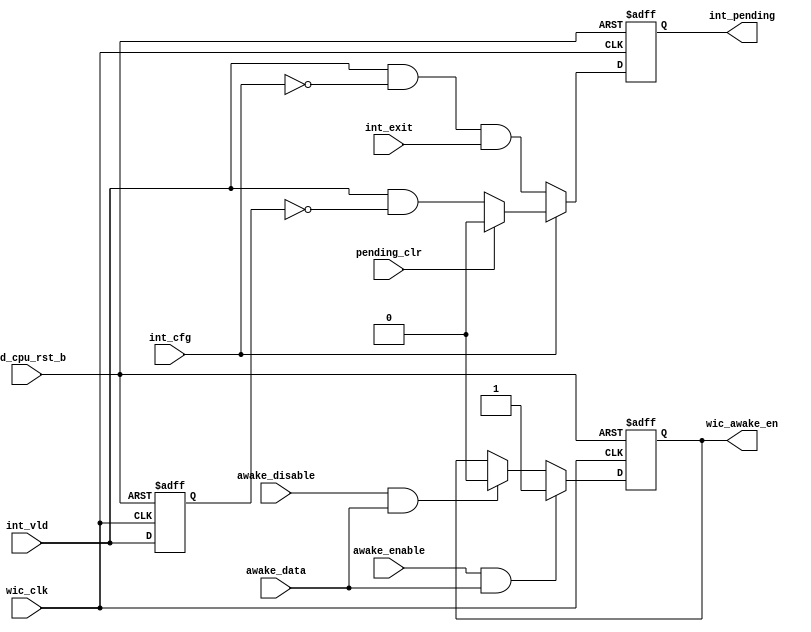
/*Copyright 2020-2021 T-Head Semiconductor Co., Ltd.

Licensed under the Apache License, Version 2.0 (the "License");
you may not use this file except in compliance with the License.
You may obtain a copy of the License at

    http://www.apache.org/licenses/LICENSE-2.0

Unless required by applicable law or agreed to in writing, software
distributed under the License is distributed on an "AS IS" BASIS,
WITHOUT WARRANTIES OR CONDITIONS OF ANY KIND, either express or implied.
See the License for the specific language governing permissions and
limitations under the License.
*/

// &ModuleBeg; @28
module wic(
  awake_data,
  awake_disable,
  awake_enable,
  int_cfg,
  int_exit,
  int_pending,
  int_vld,
  pad_cpu_rst_b,
  pending_clr,
  wic_awake_en,
  wic_clk
);

// &Ports; @29
input        awake_data;   
input        awake_disable; 
input        awake_enable; 
input        int_cfg;      
input        int_exit;     
input        int_vld;      
input        pad_cpu_rst_b; 
input        pending_clr;  
input        wic_clk;      
output       int_pending;  
output       wic_awake_en; 

// &Regs; @30
reg          int_pending;  
reg          int_vld_ff;   
reg          wic_awake_en; 

// &Wires; @31
wire         awake_data;   
wire         awake_disable; 
wire         awake_enable; 
wire         int_cfg;      
wire         int_exit;     
wire         int_level;    
wire         int_pulse;    
wire         int_vld;      
wire         pad_cpu_rst_b; 
wire         pending_clr;  
wire         wic_clk;      


//always@(posedge wic_clk or negedge pad_cpu_rst_b)
//begin
//  if (!pad_cpu_rst_b)
//    pending_ctrl_ff <= 1'b0;
//  else 
//    pending_ctrl_ff <= pending_ctrl;
//end

 
always@(posedge wic_clk or negedge pad_cpu_rst_b)
begin
  if (!pad_cpu_rst_b)
    wic_awake_en <= 1'b0;
  else if (awake_enable && awake_data)
    wic_awake_en <= 1'b1;
  else if (awake_disable && awake_data)
    wic_awake_en <= 1'b0;
end
//------------------------------------------------
//   sample level-sensitive interrupt
//------------------------------------------------

assign int_level = int_vld && !int_cfg && int_exit; 

//------------------------------------------------
//   sample pulse-sensitive interrupt
//------------------------------------------------
always@(posedge wic_clk or negedge pad_cpu_rst_b)
begin
  if (!pad_cpu_rst_b)
    int_vld_ff <= 1'b0;
  else 
    int_vld_ff <= int_vld;
end

assign int_pulse = int_vld && !int_vld_ff;

//------------------------------------------------
//        int  pending
//------------------------------------------------
always@(posedge wic_clk or negedge pad_cpu_rst_b)
begin
  if(!pad_cpu_rst_b)
    int_pending <= 1'b0;
  else if (!int_cfg)
    int_pending <= int_level;
  else if (pending_clr)
    int_pending <= 1'b0;
  else if(int_cfg)
    int_pending <= int_pulse;
end
// &ModuleEnd; @98
endmodule